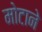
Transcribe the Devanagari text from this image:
मोटाने